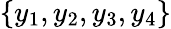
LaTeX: \{ y_{1},y_{2},y_{3},y_{4}\}